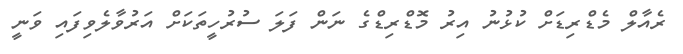
ރެއާލް މެޑްރިޑަށް ކުޅުނު އިރު މޮޑްރިޑްގެ ނަން ފަލަ ސުރުހީތަކަށް އަރުވާލެވިފައި ވަނީ